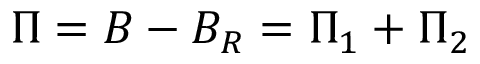
\Pi = { \cal B } - { \cal B } _ { R } = \Pi _ { 1 } + \Pi _ { 2 }